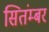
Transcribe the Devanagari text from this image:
सितंम्बर